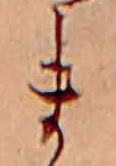
ま